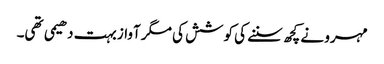
مہرو نے کچھ سننے کی کوشش کی مگر آواز بہت دھیمی تھی۔